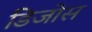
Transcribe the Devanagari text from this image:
डिजोस